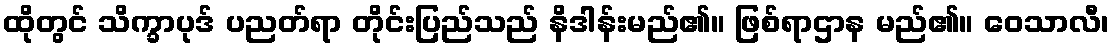
ထိုတွင် သိက္ခာပုဒ် ပညတ်ရာ တိုင်းပြည်သည် နိဒါန်းမည်၏။ ဖြစ်ရာဌာန မည်၏။ ဝေသာလီ၊